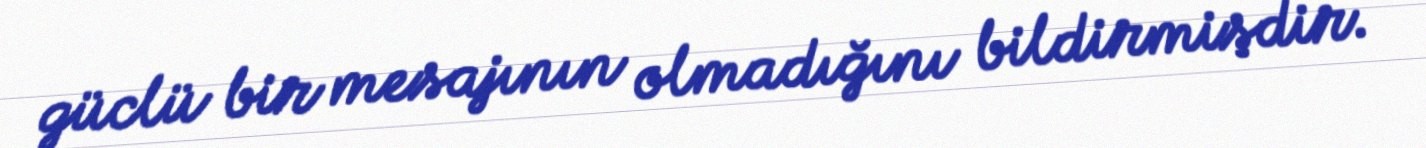
güclü bir mesajının olmadığını bildirmişdir.